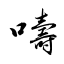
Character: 嚋